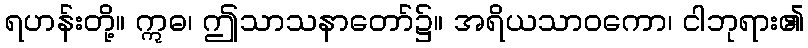
ရဟန်းတို့။ ဣဓ၊ ဤသာသနာတော်၌။ အရိယသာဝကော၊ ငါဘုရား၏